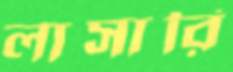
লাসারি